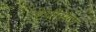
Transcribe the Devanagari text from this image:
हेवीसेज